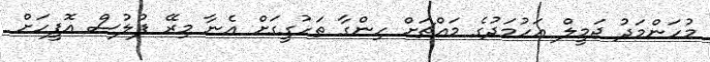
މުހަންމަދު ޖަމީލް އަހުމަދުގެ މައްޗަށް ހިންގާ ތަހުގީގަށް އެނާ މިރޭ ފުލުސް އޮފީހަށް